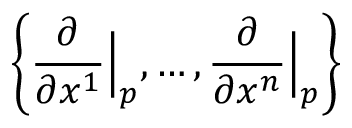
\left\{ { \frac { \partial } { \partial x ^ { 1 } } } { \Big | } _ { p } , \dotsc , { \frac { \partial } { \partial x ^ { n } } } { \Big | } _ { p } \right\}